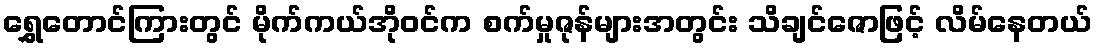
ရွှေတောင်ကြားတွင် မိုက်ကယ်အိုဝင်က စက်မှုဇုန်များအတွင်း သိချင်ဇောဖြင့် လိမ်နေတယ်